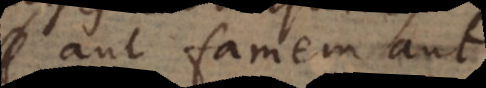
aut famem aut